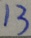
1 3